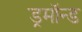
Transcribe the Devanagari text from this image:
ड्रमॉन्ड